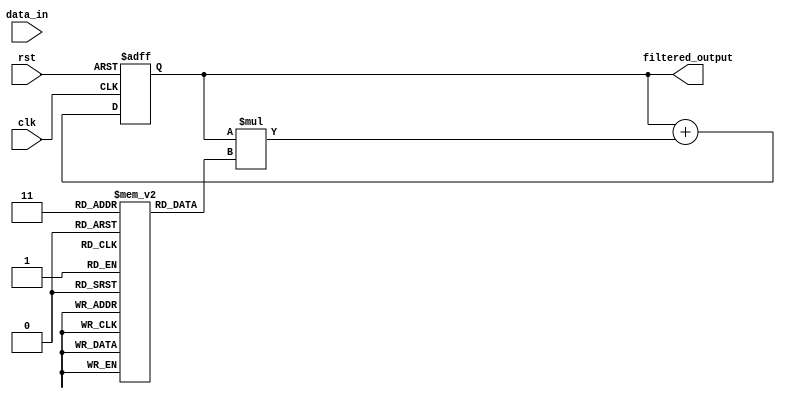
module iir_filter_accumulator (
    input wire clk,
    input wire rst,
    input wire [7:0] data_in,
    output wire [15:0] filtered_output
);

reg [15:0] accumulator;
reg [7:0] coeff[0:3];

always @ (posedge clk or negedge rst) begin
    if (!rst) begin
        accumulator <= 16'b0;
    end else begin
        accumulator <= accumulator + (data_in * coeff[0]);
        accumulator <= accumulator + (accumulator * coeff[1]);
        accumulator <= accumulator + (accumulator * coeff[2]);
        accumulator <= accumulator + (accumulator * coeff[3]);
    end
end

assign filtered_output = accumulator;

endmodule